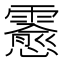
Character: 𲊊